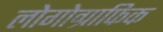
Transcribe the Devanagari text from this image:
लोगोग्राफिक